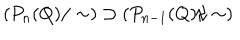
LaTeX: \left( P _ { n } ( Q ) / \sim \right) \supset \left( P _ { n - 1 } ( Q ) / \sim \right)